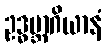
ဥဒ္ဓမ္ဘာဂိယာနံ